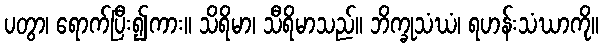
ပတွာ၊ ရောက်ပြီး၍ကား။ သိရိမာ၊ သီရိမာသည်။ ဘိက္ခုသံဃံ၊ ရဟန်းသံဃာကို။